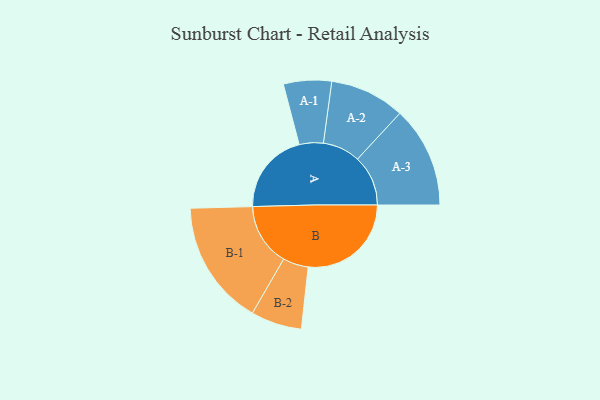
{"axis": {"x": "Segment", "y": "Value"}, "legend": ["", "A", "B"], "data": [{"x": "A", "y": 390, "type": ""}, {"x": "B", "y": 489, "type": ""}, {"x": "A-1", "y": 114, "type": "A"}, {"x": "A-2", "y": 178, "type": "A"}, {"x": "A-3", "y": 240, "type": "A"}, {"x": "B-1", "y": 297, "type": "B"}, {"x": "B-2", "y": 121, "type": "B"}]}